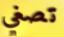
تصغي